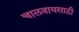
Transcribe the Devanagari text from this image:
चालवायसाठी